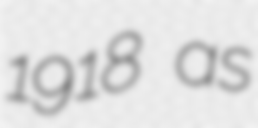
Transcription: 1918 as